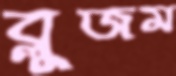
ব্লুজম